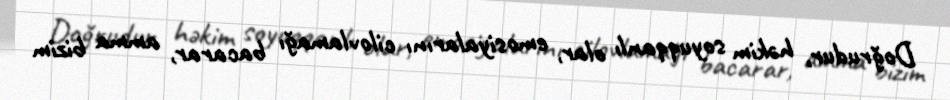
Doğrudur, həkim soyuqqanlı olar, emosiyalarını cilovlamağı bacarar, amma bizim